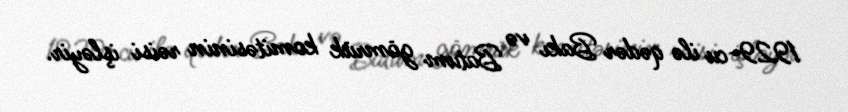
1929-cu ilə qədər Bakı və Batum gömrük komitəsinin rəisi işləyir.